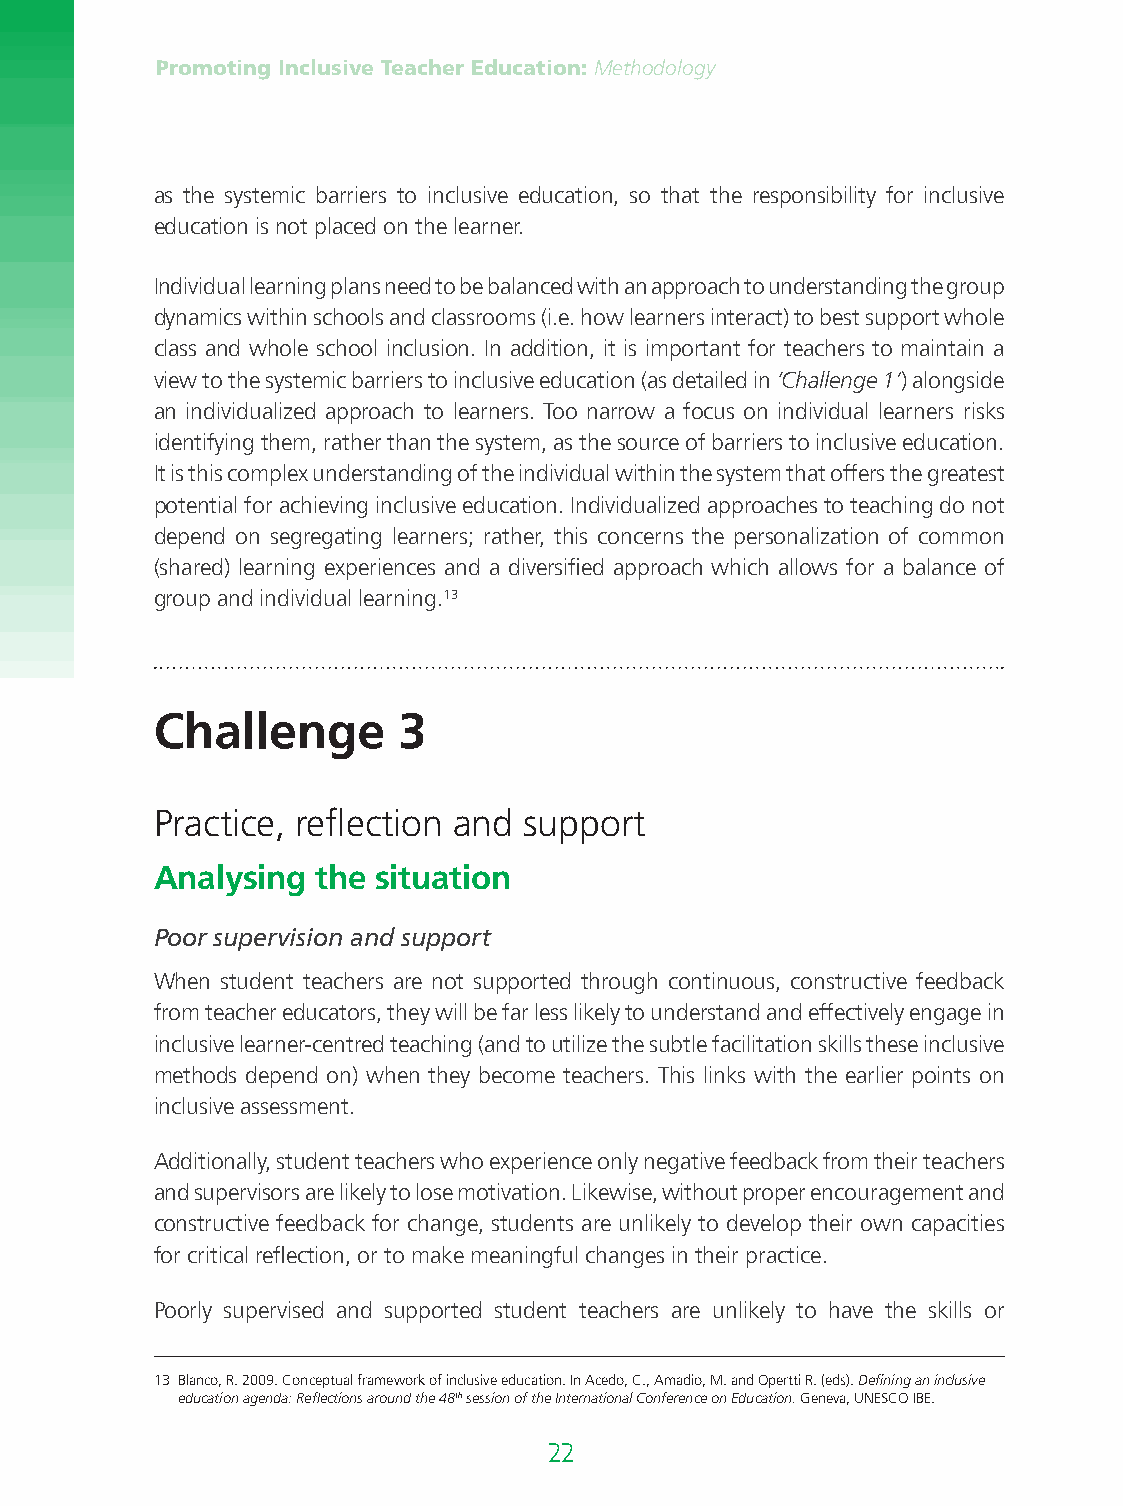
Promoting Inclusive Teacher Education: Methodology
 as the systemic barriers to inclusive education, so that the responsibility for inclusive
 education is not placed on the learner.
 Individual learning plans need to be balanced with an approach to understanding the group
 dynamics within schools and classrooms (i.e. how learners interact) to best support whole
 class and whole school inclusion. In addition, it is important for teachers to maintain a
 view to the systemic barriers to inclusive education (as detailed in ‘Challenge 1’) alongside
 an individualized approach to learners. Too narrow a focus on individual learners risks
 identifying them, rather than the system, as the source of barriers to inclusive education.
 It is this complex understanding of the individual within the system that offers the greatest
 potential for achieving inclusive education. Individualized approaches to teaching do not
 depend on segregating learners; rather, this concerns the personalization of common
 (shared) learning experiences and a diversified approach which allows for a balance of
 group and individual learning.13
 Challenge       3
 Practice, reflection and support
 Analysing  the situation
 Poor supervision and support
 When student teachers are not supported through continuous, constructive feedback
 from teacher educators, they will be far less likely to understand and effectively engage in
 inclusive learner-centred teaching (and to utilize the subtle facilitation skills these inclusive
 methods depend on) when they become teachers. This links with the earlier points on
 inclusive assessment.
 Additionally, student teachers who experience only negative feedback from their teachers
 and supervisors are likely to lose motivation. Likewise, without proper encouragement and
 constructive feedback for change, students are unlikely to develop their own capacities
 for critical reflection, or to make meaningful changes in their practice.
 Poorly supervised and supported student teachers are unlikely to have the skills or
 13 B lanco, R. 2009. Conceptual framework of inclusive education. In Acedo, C., Amadio, M. and Opertti R. (eds). Defining an inclusive
 education agenda: Reflections around the 48th session of the International Conference on Education. Geneva, UNESCO IBE.
 22                                                                         23